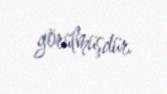
görülmüşdür.